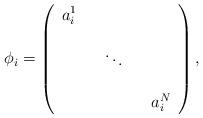
LaTeX: \begin{align*}\phi_i = \left( \begin{array}{ccccc} a_i^1 & & & & \\ & & & & \\ & & \ddots & & \\ & & & & \\ & & & & a_i^N \end{array} \right), \end{align*}